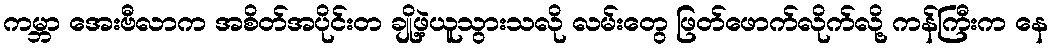
ကမ္ဘာ အေးဗီလာက အစိတ်အပိုင်းတ ချို့ဖဲ့ယူသွားသလို လမ်းတွေ ဖြတ်ဖောက်လိုက်လို့ ကန်ကြီးက နေ